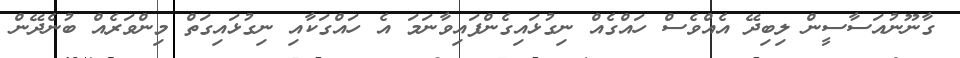
ގާނޫނުއަސާސީން ލިބިދޭ އެއްވެސް ހައްގެއް ނިގުޅައިގެންފައިވާނަމަ އެ ހައްގަކާއި ނިގުޅައިގަތް މިންވަރެއް ބުނެދޭން